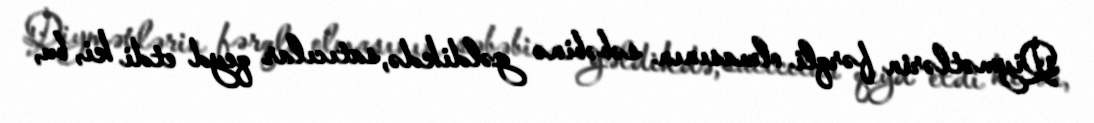
Qiymətlərin fərqli olmasının səbəbinə gəldikdə, satıcılar qeyd etdi ki, bu,